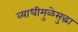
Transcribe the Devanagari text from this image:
व्याधीमुळेसुद्धा